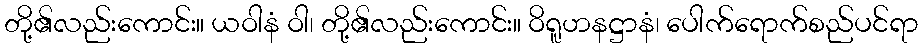
တို့၏လည်းကောင်း။ ယဝါနံ ဝါ၊ တို့၏လည်းကောင်း။ ဝိရူဟနဋ္ဌာနံ၊ ပေါက်ရောက်စည်ပင်ရာ